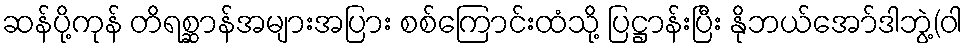
ဆန်ပို့ကုန် တိရစ္ဆာန်အများအပြား စစ်ကြောင်းထံသို့ ပြဋ္ဌာန်းပြီး နိုဘယ်အော်ဒါဘွဲ့(ဝါ